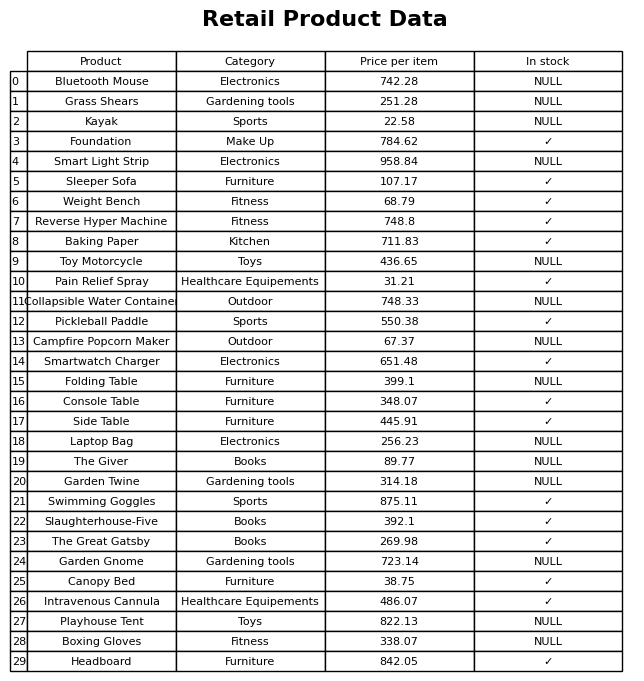
question: Is the Console Table in stock?
answer: ✓